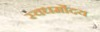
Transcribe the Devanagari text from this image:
स्वधर्मोदय